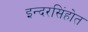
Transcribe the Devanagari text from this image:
इन्दरसिंहोत